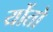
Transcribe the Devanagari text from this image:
योंतो